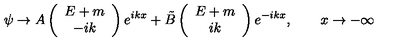
\psi \to A \left( \begin{array} { c } { E + m } \\ { - i k } \\ \end{array} \right) e ^ { i k x } + \tilde { B } \left( \begin{array} { c } { E + m } \\ { i k } \\ \end{array} \right) e ^ { - i k x } , \qquad x \to - \infty